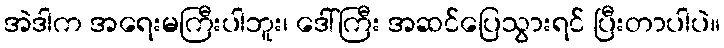
အဲဒါက အရေးမကြီးပါဘူး၊ ဒေါ်ကြီး အဆင်ပြေသွားရင် ပြီးတာပါပဲ။